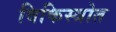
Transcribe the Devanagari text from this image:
विकिस्त्रोत